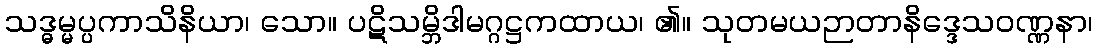
သဒ္ဓမ္မပ္ပကာသိနိယာ၊ သော။ ပဋိသမ္ဘိဒါမဂ္ဂဋ္ဌကထာယ၊ ၏။ သုတမယဉာတာနိဒ္ဒေသဝဏ္ဏနာ၊